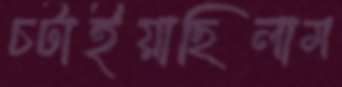
চটাইয়াছিলাম